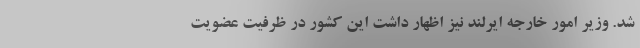
شد. وزیر امور خارجه ایرلند نیز اظهار داشت این کشور در ظرفیت عضویت